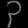
Digit: ၃